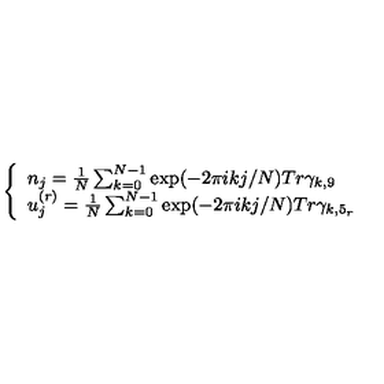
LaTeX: \left\{ \begin{array} { l } { n _ { j } = \frac { 1 } { N } \sum _ { k = 0 } ^ { N - 1 } \exp ( - 2 \pi i k j / N ) T r \gamma _ { k , 9 } } \\ { u _ { j } ^ { ( r ) } = \frac { 1 } { N } \sum _ { k = 0 } ^ { N - 1 } \exp ( - 2 \pi i k j / N ) T r \gamma _ { k , 5 _ { r } } } \\ \end{array} \right.